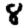
Digit: 8